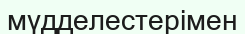
мүдделестерімен